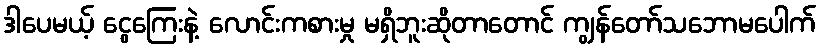
ဒါပေမယ့် ငွေကြေးနဲ့ လောင်းကစားမှု မရှိဘူးဆိုတာတောင် ကျွန်တော်သဘောမပေါက်